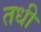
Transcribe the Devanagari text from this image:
तधी